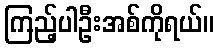
ကြည့်ပါဦးအစ်ကိုရယ်။